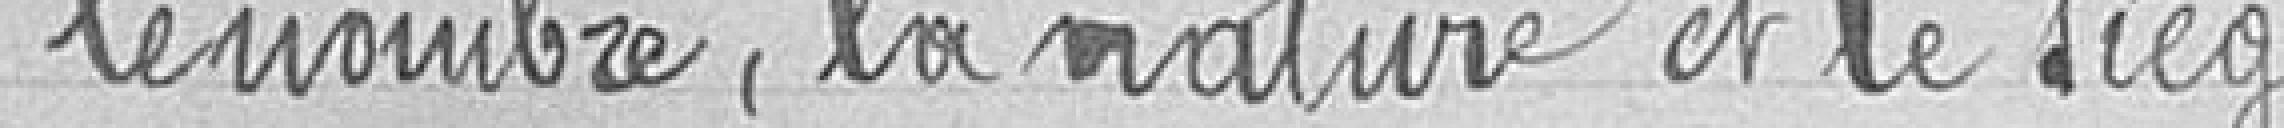
le nombre, la nature et le siège